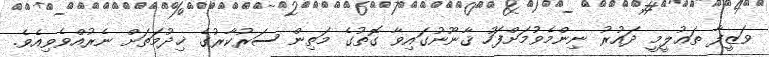
ވަޒީފާ ތަޢުލީމީ ދައުރު ނިންމެވުމަށްފަހު ޤާނޫނުގައިވާ ގޮތުގެ މަތިން ސަރުކާރުގެ ޚިދުމަތަށް ނެރުއްވެވިއެވެ.